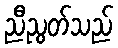
ညီညွတ်သည်